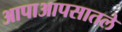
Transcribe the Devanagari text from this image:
आपाआपसातले